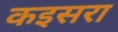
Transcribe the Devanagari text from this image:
कइसरा